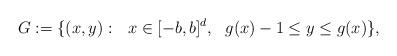
LaTeX: \begin{align*}G:=\{ (x, y):\ \ x\in [-b,b]^{d},\ \ g(x)-1\leq y\leq g(x)\},\end{align*}